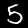
Digit: 5